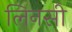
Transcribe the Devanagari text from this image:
लिनसी